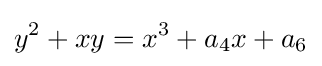
y^{2}+xy=x^{3}+a_{4}x+a_{6}